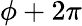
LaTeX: \phi+2\pi